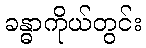
ခန္ဓာကိုယ်တွင်း